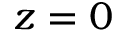
z = 0